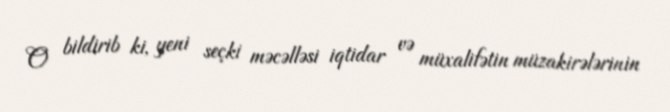
O bildirib ki, yeni seçki məcəlləsi iqtidar və müxalifətin müzakirələrinin